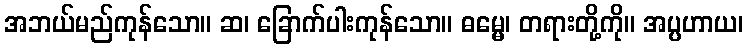
အဘယ်မည်ကုန်သော။ ဆ၊ ခြောက်ပါးကုန်သော။ ဓမ္မေ၊ တရားတို့ကို။ အပ္ပဟာယ၊